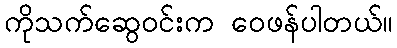
ကိုသက်ဆွေဝင်းက ဝေဖန်ပါတယ်။